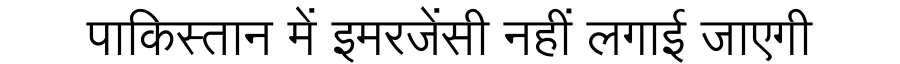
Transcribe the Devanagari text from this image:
पाकिस्तान में इमरजेंसी नहीं लगाई जाएगी